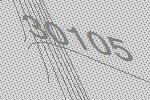
30105